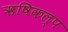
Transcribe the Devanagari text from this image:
ऋषिकल्प